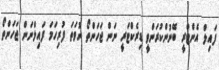
ފައިލް އެންޓްރީ ބޭނުންކުރަންވީ ޑިރެކްޓަރީ ނަން ޖަހަންތޯ ނުވަތަ ފުރިހަމަ ފައިލްނަން ޖަހަންތޯ